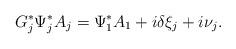
LaTeX: \begin{align*}G_j^{\ast} \Psi_j^{\ast} A_j = \Psi_1^{\ast} A_1 + i \delta \xi_j + i \nu_j.\end{align*}